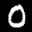
Label: 0